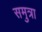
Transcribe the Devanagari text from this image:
समुत्रा